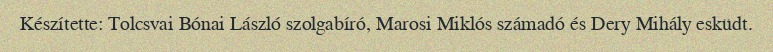
Készítette: Tolcsvai Bónai László szolgabíró, Marosi Miklós számadó és Dery Mihály esküdt.